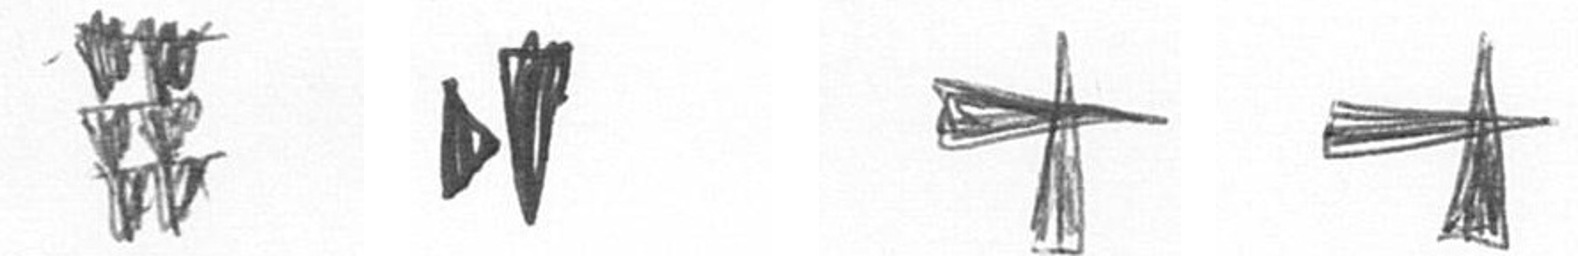
Y M G G